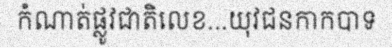
កំណាត់ផ្លូវជាតិលេខ...យុវជនកាកបាទ